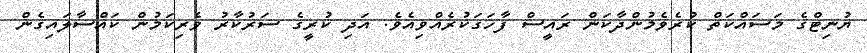
ޔުނިޓްގެ މަސައްކަތް ކުރެވެމުންދާކަން ރައީސް ފާހަގަކުރެއްވިއެވެ. އަދި ކުރީގެ ސަރުކާރު ވެރިކަމުން ކައްސާލައިގެން